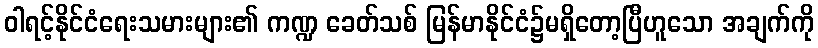
ဝါရင့်နိုင်ငံရေးသမားများ၏ ကဏ္ဍ ခေတ်သစ် မြန်မာနိုင်ငံ၌မရှိတော့ပြီဟူသော အချက်ကို